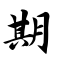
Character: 期